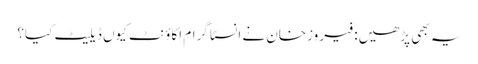
یہ بھی پڑھیں: فیروزخان نے انسٹا گرام اکاؤنٹ کیوں ڈیلیٹ کیا؟